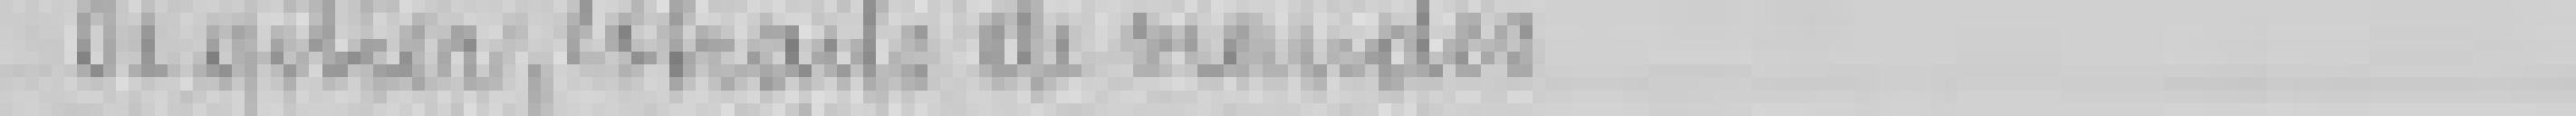
De gibier, extraits de viandes